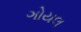
ગોયલ